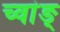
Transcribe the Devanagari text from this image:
च्वांङ्